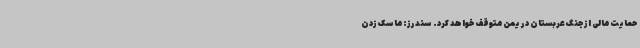
حمایت مالی از جنگ عربستان در یمن متوقف خواهد کرد. سندرز: ماسک زدن